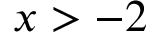
x > - 2